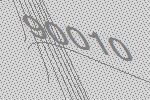
90010